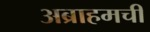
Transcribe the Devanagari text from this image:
अब्राहमची